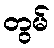
တွမ်